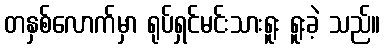
တနှစ်လောက်မှာ ရုပ်ရှင်မင်းသားရူး ရူးခဲ့ သည်။